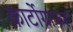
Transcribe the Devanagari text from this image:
कार्टोग्राफर